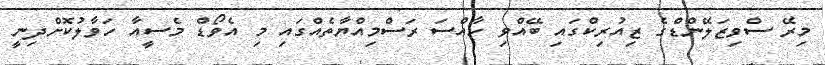
މިރޭ ސްވިޒަލޭންޑްގެ ޒިއުރިކްގައި ބޭއްވި ހާއްސަ ރަސްމިއްޔާތެއްގައި މި އެވޯޑް މެސީއާ ހަވާލުކޮށްދިނީ